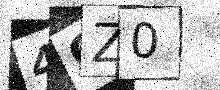
Text: 4QZ0